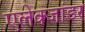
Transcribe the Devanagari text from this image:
एलेक्जांडर